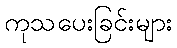
ကုသပေးခြင်းများ